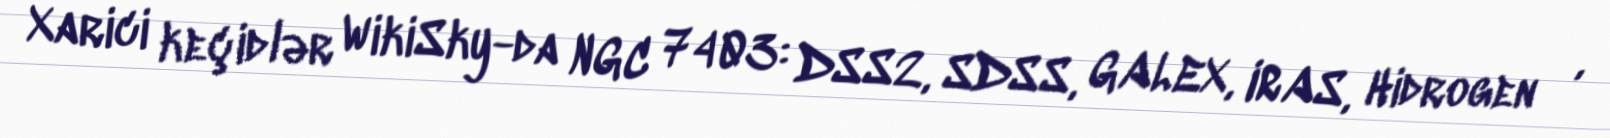
Xarici keçidlər WikiSky-da NGC 7403: DSS2, SDSS, GALEX, IRAS, Hidrogen α,